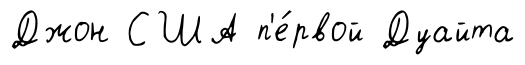
Джон США п'е́рвой Дуайта